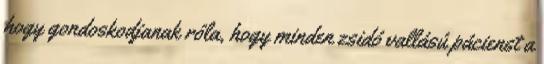
hogy gondoskodjanak róla, hogy minden zsidó vallású pácienst a